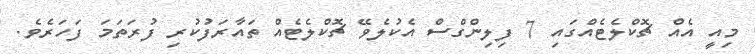
މިއީ އެއް ޗޮކްލެޓެއްގައި 7 ފިލިންގްސް އެކުލެވޭ ޗޮކްލެޓެއް ތައާރަފުކުރި ފުރަތަމަ ފަހަރެވެ.